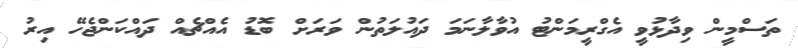
ތަސްމީން ވިދާޅުވީ އެގްރީމަންޓު އުވާލާނަމަ ދައުލަތުން ވަރަށް ބޮޑު އެއްޗެއް ދައްކަންޖެހޭ އިރު